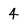
Character: 4